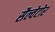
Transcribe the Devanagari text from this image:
सैल्वेटोर